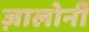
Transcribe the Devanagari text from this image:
ज़ालोनी